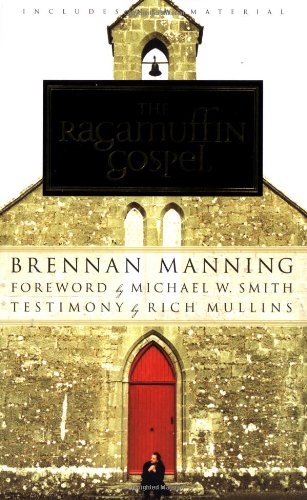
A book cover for The Ragamuffin Gospel; Brennan Manning; Christian Books & Bibles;